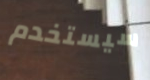
سيستخدم